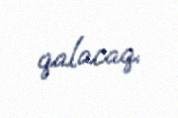
qalacaq.